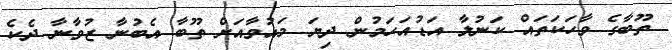
ތޫބާގެ ވާހަކަތައް ކަނުލާ އަޑުއަހަމުން ދިޔަ މައުވާއަށް ތޫބާ އެބުނާ ޒުވާނާ ދެކެ